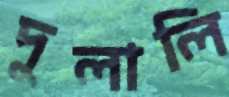
দুলালি